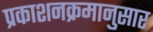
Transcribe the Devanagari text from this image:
प्रकाशनक्रमानुसार